system: You are a helpful assistant.
user:
Analyze the provided spectrum to determine if it is a **"Cataclysmic Variables (CV)"**.

- **Key Indicators for CV (Check for either state):**
    - **State 1: Quiescent / Low-State (Emission-Dominated)**
        - **(Primary):** Strong and *very broad* Hydrogen Balmer emission lines (e.g., $H\alpha$ at 6563 Å, $H\beta$ at 4861 Å). The 'broadness' (high velocity dispersion, often FWHM > 1000 km/s) is the key diagnostic, indicating a high-velocity accretion disk.
        - **(Secondary):** Broad neutral Helium (He I) emission lines (e.g., 5876 Å, 6678 Å).
        - **(Key Confirmation):** Presence of high-excitation *ionized* Helium (He II) emission at 4686 Å. This is a strong indicator of accretion onto a white dwarf.
        - **(Line Profile):** Emission lines may exhibit a 'double-peaked' profile, which is a classic signature of a rotating accretion disk viewed at high inclination.

    - **State 2: Outburst / High-State (Absorption-Dominated)**
        - **(Primary):** Spectrum is dominated by a bright, blue continuum (looks like a hot star).
        - **(Secondary):** The emission lines from State 1 are weak, absent, or 'filled in', and are replaced by broad, shallow *absorption* lines (primarily Balmer and He I).
        - **(Morphology):** The overall spectrum mimics a hot B/A-type star. The crucial difference is that the absorption lines are significantly broader, shallower, and more 'washed-out' (or 'smeared') than the sharp lines of a normal stellar photosphere, due to high rotational speeds and pressure broadening in the disk.

Think first, call **spectral_visualization_tool** if needed to examine features in detail, then provide your final answer. Your response must adhere to the following strict rules:
1.  **Overall Structure:** Your response must follow the format `<think>...</think> <tool_call>...</tool_call> (if a tool is used) <answer>...</answer>`.
2.  **Tool Usage Constraint:** You may only make **one** tool call per turn.
3.  **Final Answer Format:** In the `<answer>` tag, your conclusion must be inside a `\boxed{}` command (e.g., `\boxed{YES}`), followed by your justification.

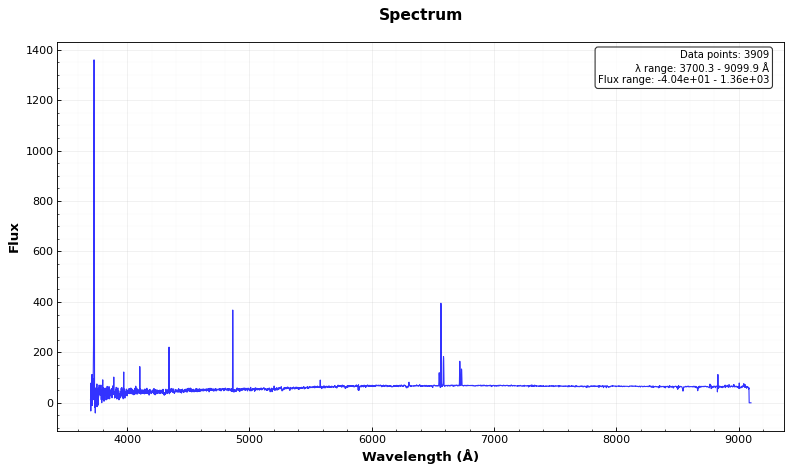
Answer: NO